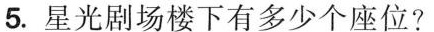
5.星光剧场楼下有多少个座位?